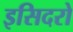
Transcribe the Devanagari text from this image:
इसिदरो